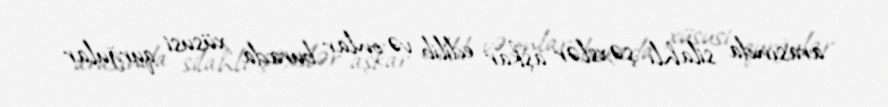
arasında silahlı şəxslər aşkar edilib və onlar burada xüsusi qurğular